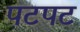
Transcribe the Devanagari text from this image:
पटपट